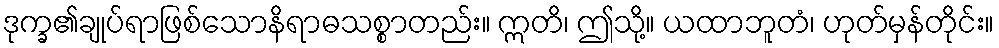
ဒုက္ခ၏ချုပ်ရာဖြစ်သောနိရာဓသစ္စာတည်း။ ဣတိ၊ ဤသို့။ ယထာဘူတံ၊ ဟုတ်မှန်တိုင်း။